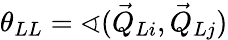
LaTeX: \theta_{LL}=\sphericalangle(\vec{Q}_{Li},\vec{Q}_{Lj})